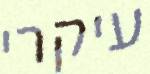
עיקרי